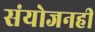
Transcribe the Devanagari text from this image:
संयोजनही